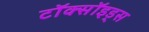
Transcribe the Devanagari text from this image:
टॉक्सॉइड्स